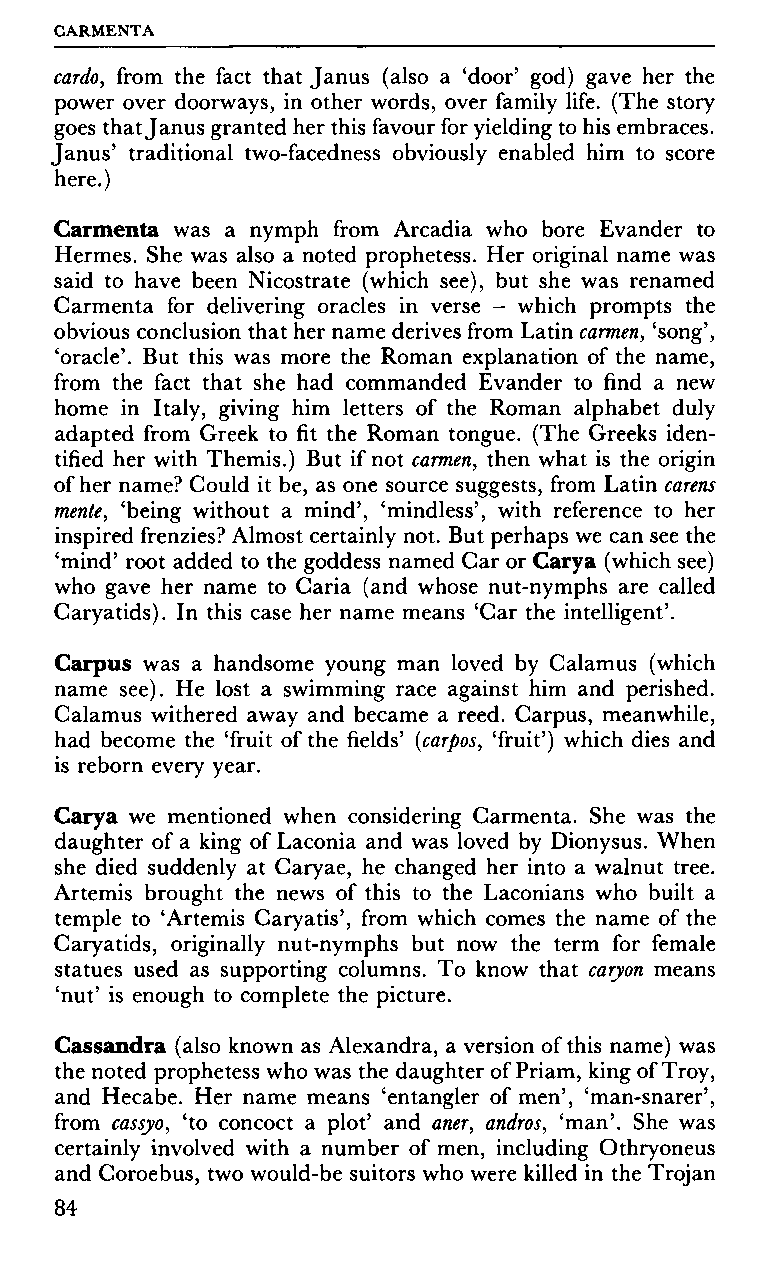
CARMENTA
 cardo, from the fact that Janus (also a 'door' god) gave her the
 power over doorways, in other words, over family life. (The story
 goes that Janus granted her this favour for yielding to his embraces.
 Janus' traditional two-facedness obviously enabled him to score
 here.)
 Carmenta was a nymph from Arcadia who bore Evander to
 Hermes. She was also a noted prophetess. Her original name was
 said to have been Nicostrate (which see), but she was renamed
 Carmenta for delivering oracles in verse - which prompts the
 obvious conclusion that her name derives from Latin carmen, 'song',
 'oracle'. But this was more the Roman explanation of the name,
 from the fact that she had commanded Evander to find a new
 home in Italy, giving him letters of the Roman alphabet duly
 adapted from Greek to fit the Roman tongue. (The Greeks iden
 tified her with Themis.) But if not carmen, then what is the origin
 of her name? Could it be, as one source suggests, from Latin carens
 mente, 'being without a mind', 'mindless', with reference to her
 inspired frenzies? Almost certainly not. But perhaps we can see the
 'mind' root added to the goddess named Car or Carya (which see)
 who gave her name to Caria (and whose nut-nymphs are called
 Caryatids). In this case her name means 'Car the intelligent'.
 Carpus was a handsome young man loved by Calamus (which
 name see). He lost a swimming race against him and perished.
 Calamus withered away and became a reed. Carpus, meanwhile,
 had become the 'fruit of the fields' (carpos, 'fruit') which dies and
 is reborn every year.
 Carya we mentioned when considering Carmenta. She was the
 daughter of a king of Laconia and was loved by Dionysus. When
 she died suddenly at Caryae, he changed her into a walnut tree.
 Artemis brought the news of this to the Laconians who built a
 temple to 'Artemis Caryatis', from which comes the name of the
 Caryatids, originally nut-nymphs but now the term for female
 statues used as supporting columns. To know that caryon means
 'nut' is enough to complete the picture.
 Cassandra (also known as Alexandra, a version of this name) was
 the noted prophetess who was the daughter of Priam, king of Troy,
 and Hecabe. Her name means 'entangler of men', 'man-snarer',
 from cassyo, 'to concoct a plot' and aner, andros, 'man'. She was
 certainly involved with a number of men, including Othryoneus
 and Coroebus, two would-be suitors who were killed in the Trojan
 84